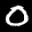
Label: 0